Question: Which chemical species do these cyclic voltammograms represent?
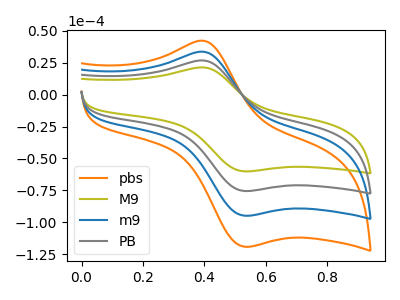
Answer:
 <answer>The orange curve is labeled "pbs". The olive curve is labeled "M9". The blue curve is labeled "m9". The gray curve is labeled "PB".</answer>
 <eval></eval>